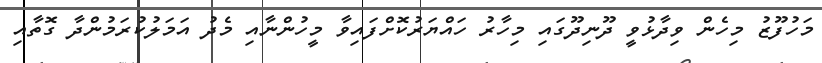
މަހުފޫޒު މިހެން ވިދާޅުވީ ދޫނިދޫގައި މިހާރު ހައްޔަރުކޮށްފައިވާ މީހުންނާއި މެދު އަމަލުކުރަމުންދާ ގޮތާއި